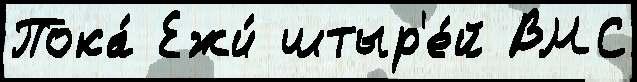
Пока́ Ежи́ штыр'е́й ВМС